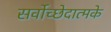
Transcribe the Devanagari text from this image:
सर्वोच्छेदात्मके